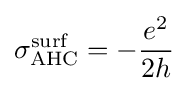
\sigma _{\text{AHC}}^{\text{surf}}=-{\frac {e^{2}}{2h}}